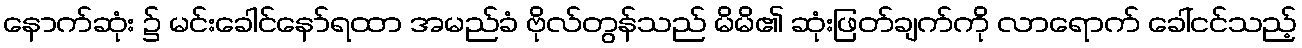
နောက်ဆုံး ၌ မင်းခေါင်နော်ရထာ အမည်ခံ ဗိုလ်တွန်သည် မိမိ၏ ဆုံးဖြတ်ချက်ကို လာရောက် ခေါ်ငင်သည့်